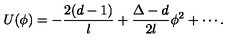
U ( \phi ) = - \frac { 2 ( d - 1 ) } l + \frac { \Delta - d } { 2 l } \phi ^ { 2 } + \cdots .